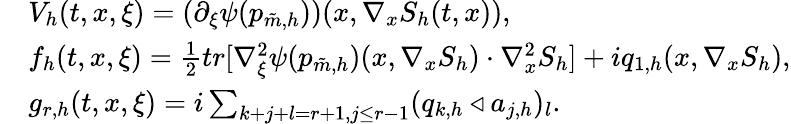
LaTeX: \begin{array}{rl}&{V_{h}(t,x,\xi)=(\partial_{\xi}\psi(p_{\tilde{m},h}))(x,\nabla_{x}S_{h}(t,x)),}\\ &{f_{h}(t,x,\xi)=\frac{1}{2}tr[\nabla_{\xi}^{2}\psi(p_{\tilde{m},h})(x,\nabla_{x}S_{h})\cdot\nabla_{x}^{2}S_{h}]+iq_{1,h}(x,\nabla_{x}S_{h}),}\\ &{g_{r,h}(t,x,\xi)=i\sum_{k+j+l=r+1,j\leq r-1}(q_{k,h}\triangleleft a_{j,h})_{l}.}\end{array}